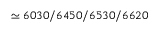
\simeq 6 0 3 0 / 6 4 5 0 / 6 5 3 0 / 6 6 2 0